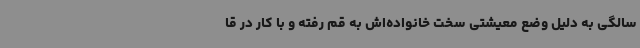
سالگی به دلیل وضع معیشتی سخت خانواده‌اش به قم رفته و با کار در قا